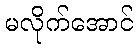
မလိုက်အောင်